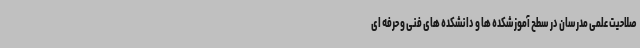
صلاحیت علمی مدرسان در سطح آموزشکده ها و دانشکده های فنی و حرفه ای